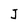
Character: J